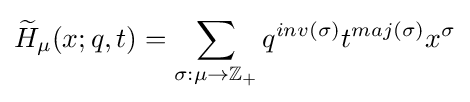
{\widetilde {H}}_{\mu }(x;q,t)=\sum _{\sigma :\mu \to \mathbb {Z} _{+}}q^{inv(\sigma )}t^{maj(\sigma )}x^{\sigma }